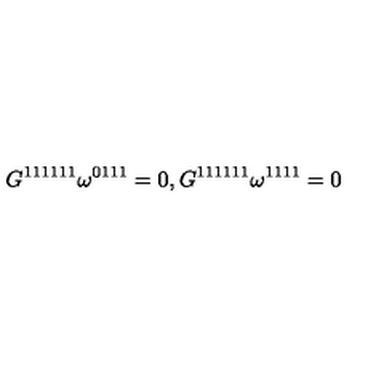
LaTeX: G ^ { 1 1 1 1 1 1 } \omega ^ { 0 1 1 1 } = 0 , G ^ { 1 1 1 1 1 1 } \omega ^ { 1 1 1 1 } = 0 \label C